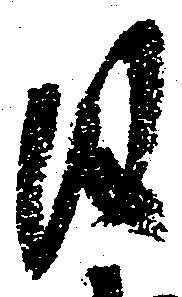
日